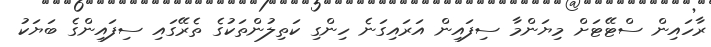
ރާހައިން ސްޓޭޓަށް މިޔަންމާ ސިފައިން އަރައިގަނެ ހިންގި ކަތިލުންތަކުގެ ތެރޭގައި ސިފައިންގެ ބަޔަކު